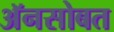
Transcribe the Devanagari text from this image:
अॅनसोबत